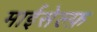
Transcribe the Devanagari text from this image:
माईसेल्फ़